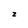
Character: z